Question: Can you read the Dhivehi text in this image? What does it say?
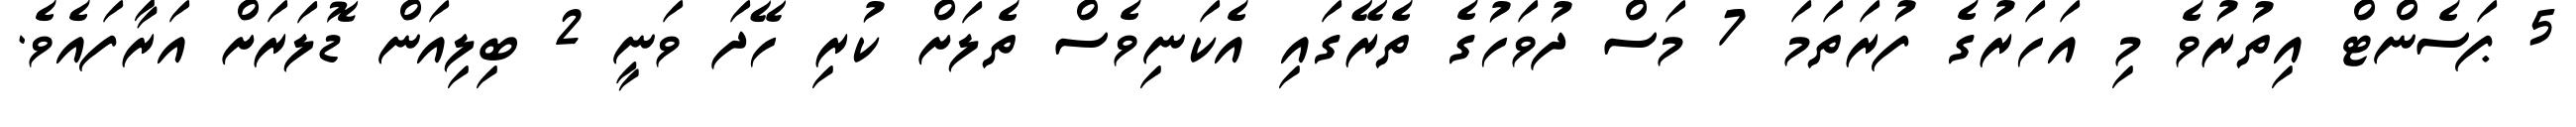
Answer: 5 ޕަސެންޓް އިތުރުވެ މި އަހަރުގެ ފުރަތަމަ 7 މަސް ދުވަހުގެ ތެރޭގައި އެކަނިވެސް ތެލަށް ކުރި ހޭދަ ވަނީ 2 ބިލިއަން ޑޮލަރަށް އަރާފައެވެ.